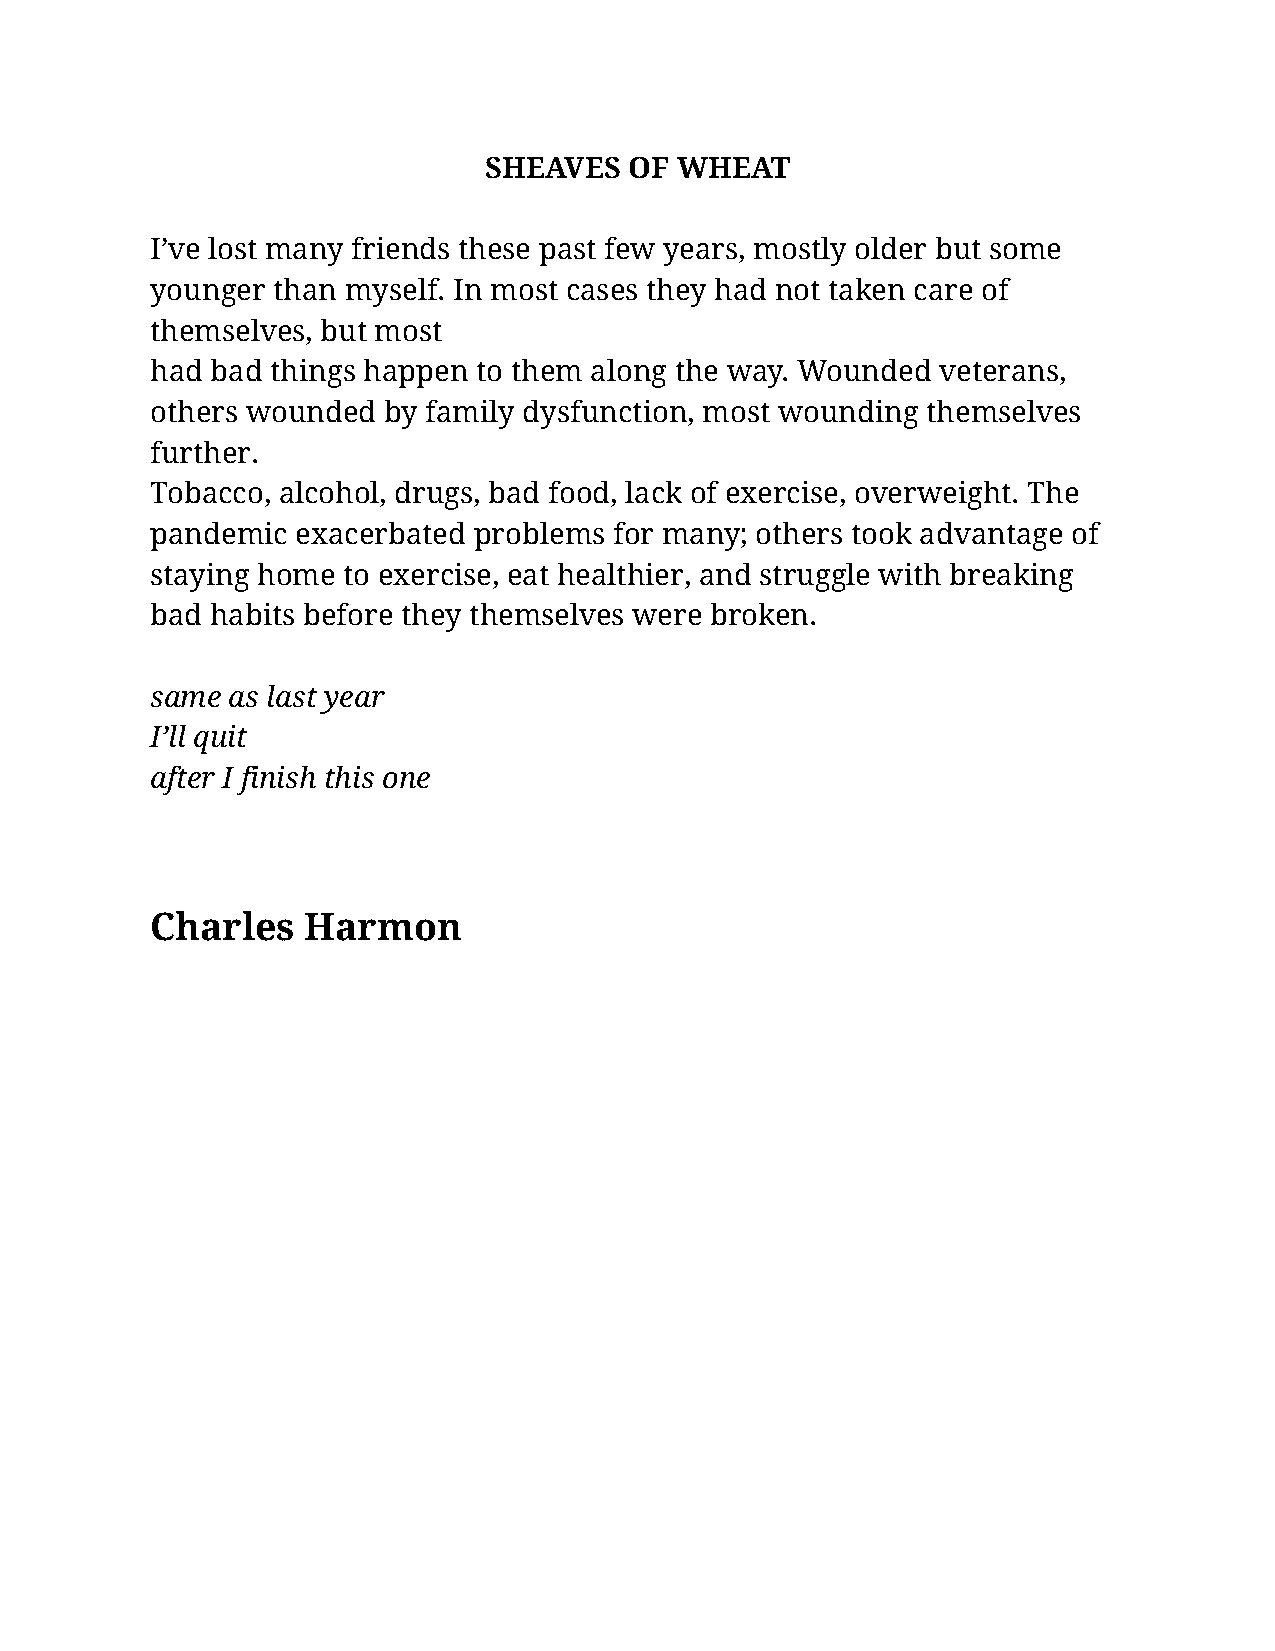
SHEAVES   OF WHEAT
 I’ve lost many friends these past few years, mostly older but some
 younger than myself. In most cases they had not taken care of
 themselves, but most
 had bad things happen to them along the way. Wounded veterans,
 others wounded by family dysfunction, most wounding themselves
 further.
 Tobacco, alcohol, drugs, bad food, lack of exercise, overweight. The
 pandemic  exacerbated problems for many; others took advantage of
 staying home to exercise, eat healthier, and struggle with breaking
 bad habits before they themselves were broken.
 same as last year
 I’ll quit
 after I finish this one
 Charles   Harmon